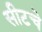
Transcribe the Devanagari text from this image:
सीटचे